Indian journal of veterinary science and animal husbandry - Volume 7,
Year: 1937
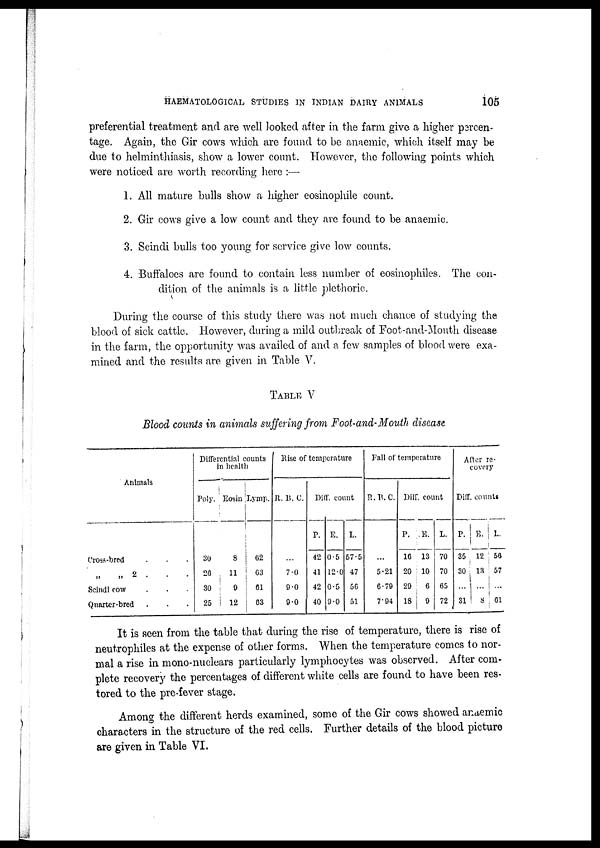
HAEMATOLOGICAL STUDIES IN INDIAN DAIRY ANIMALS
105
preferential treatment and are well looked after in the farm give a higher percen¬
tage. Again, the Gir cows which are found to be anaemic, which itself may be
due to helminthiasis, show a lower count. However, the following points which
were noticed are worth recording here :—
1. All mature bulls show a higher eosinophile count.
2. Gir cows give a low count and they are found to be anaemic.
3. Scindi bulls too young for service give low counts.
4. Buffaloes are found to contain less number of eosinophiles. The con-
dition of the animals is a little plethoric.
During the course of this study there was not much chance of studying the
blood of sick cattle. However, during a mild outbreak of Foot-and-Mouth disease
in the farm, the opportunity was availed of and a few samples of blood were exa-
mined and the results are given in Table V.
TABLE V
Blood counts in animals suffering from Foot-and-Mouth disease.
Animals
Cross-bred . . .
„ „ 2 . . .
Scindi cow . . .
Quarter-bred . . .
Differential counts
in health
Poly.
30
26
30
25
Eosin
8
11
9
12
Lymp.
62
63
61
63
Rise of temperature
R. B. C.
...
7.0
9.0
9.0
Diff. count
P.
42
41
42
40
E.
0.5
12.0
0.5
9.0
L.
67.5
47
56
51
Fall of temperature
R.B..C.
...
5.21
6.79
7.94
Diff. count
P.
16
20
29
18
E.
13
10
6
9
L.
70
70
65
72
After re-
covery
Diff. counts
P.
35
30
...
31
E.
12
13
...
8
L.
56
57
...
61
It is seen from the table that during the rise of temperature, there is rise of
neutrophiles at the expense of other forms. When the temperature comes to nor-
mal a rise in mono-nuclears particularly lymphocytes was observed. After com-
plete recovery the percentages of different white cells are found to have been res-
tored to the pre-fever stage.
Among the different herds examined, some of the Gir cows showed anaemic
characters in the structure of the red cells. Further details of the blood picture
are given in Table VI.